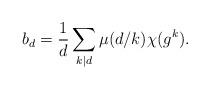
LaTeX: \begin{align*} b_d = \frac{1}{d} \sum_{k | d} \mu(d/k) \chi(g^k). \end{align*}